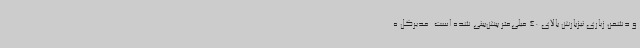
و دشمن زیاری نیزبارش بالای 40 میلی‌متر پیش‌بینی شده است. مدیرکل ه